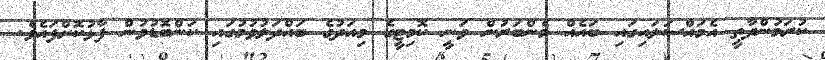
ކުރަމުންދާތީ އެމައްސަލައިގައި ބައެއް މެންބަރުން ވަނީ ކޮމިޓީގެ މިއަދުގެ ބައްދަލުވުމުގައި ކަންބޮޑުވުން ފާޅުކޮށްފައެވެ.